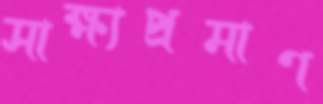
সাক্ষ্যপ্রমাণ